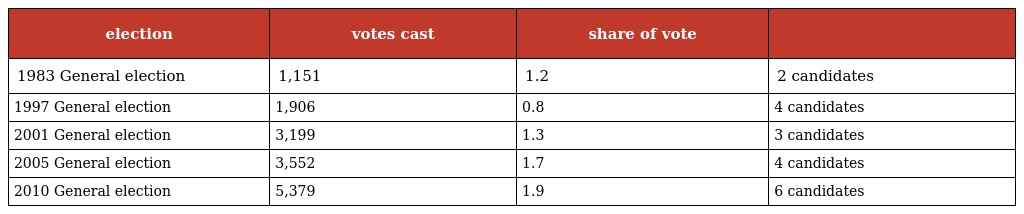
| election | votes cast | share of vote |  |
 | --- | --- | --- | --- |
 | 1983 General election | 1,151 | 1.2 | 2 candidates |
 | 1997 General election | 1,906 | 0.8 | 4 candidates |
 | 2001 General election | 3,199 | 1.3 | 3 candidates |
 | 2005 General election | 3,552 | 1.7 | 4 candidates |
 | 2010 General election | 5,379 | 1.9 | 6 candidates |